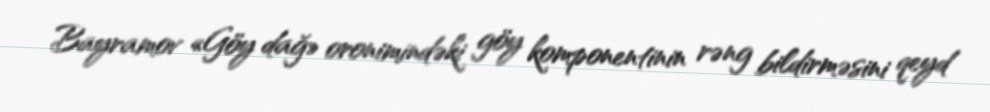
Bayramov «Göy dağ» oronimindəki göy komponentinin rəng bildirməsini qeyd